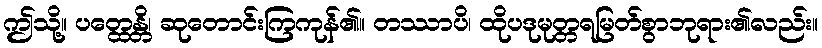
ဤသို့။ ပတ္ထေန္တိ၊ ဆုတောင်းကြကုန်၏။ တဿာပိ၊ ထိုပဒုမုတ္တရမြတ်စွာဘုရား၏လည်း။